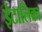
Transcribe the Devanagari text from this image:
ईटालिका